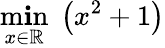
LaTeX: \operatorname*{m\mathbf{i}n}_{x\in\mathbb{{R}}}\; \left(x^{2}+1\right)